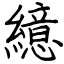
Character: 繶